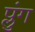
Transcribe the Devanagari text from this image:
प्लुंग